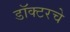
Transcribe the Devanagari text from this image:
डॉक्टरचे